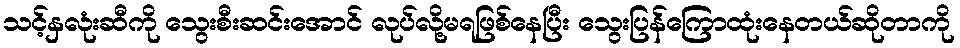
သင့်နှလုံးဆီကို သွေးစီးဆင်းအောင် လုပ်လို့မရဖြစ်နေပြီး သွေးပြန်ကြောထုံးနေတယ်ဆိုတာကို